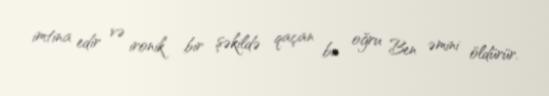
imtina edir və ironik bir şəkildə qaçan bu oğru Ben əmini öldürür.